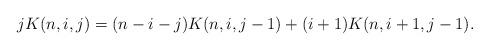
LaTeX: \begin{align*} jK(n,i,j) = (n-i-j)K(n, i, j-1) + (i+1)K(n,i+1,j-1). \end{align*}